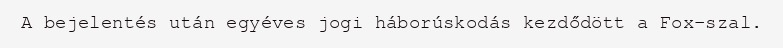
A bejelentés után egyéves jogi háborúskodás kezdődött a Fox-szal.